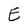
Character: E